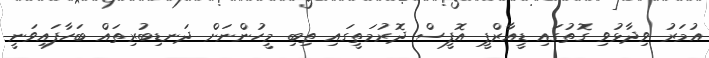
އުމަރު ވިދާޅުވި ގޮތުގައި ޑީއާރްޕީ އޮފީސް ދޮރުމަތީގައި ތިބި މީހުންނަށް ދަނޑިބުރިތައް ބަހާފައިވަނީ